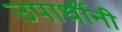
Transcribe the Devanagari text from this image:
उपाधींनी